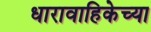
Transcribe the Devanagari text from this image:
धारावाहिकेच्या